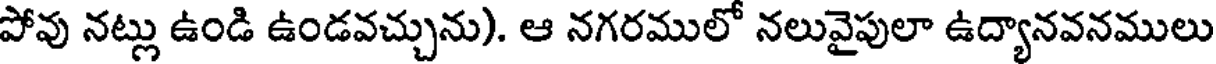
పోవు నట్లు ఉండి ఉండవచ్చును). ఆ నగరములో నలువైపులా ఉద్యానవనములు